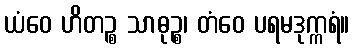
ယံဝေ ဟိတဉ္စ သာဓုဉ္စ၊ တံဝေ ပရမဒုက္ကရံ။